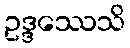
ဥဒ္ဒဿေသိ